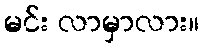
မင်း လာမှာလား။